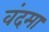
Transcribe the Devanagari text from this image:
वंदमा